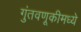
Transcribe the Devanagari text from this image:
गुंतवणूकीमध्ये